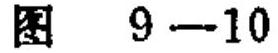
图 \(9 - 10\)